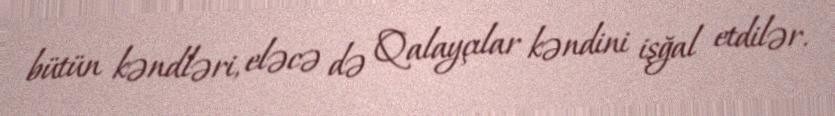
bütün kəndləri, eləcə də Qalayçılar kəndini işğal etdilər.